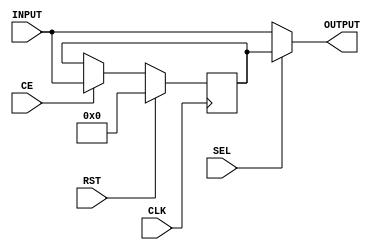
module REG_MUX(INPUT,SEL,RST,CLK,CE,OUTPUT);
parameter N=18;
parameter RSTTYPE="SYNC";
input [N-1:0]INPUT;
input RST,CLK,CE,SEL;
output [N-1:0]OUTPUT;
reg [N-1:0]REG_OUT;
generate 
if(RSTTYPE=="SYNC")	
always @(posedge CLK) begin
	if (RST) 
		REG_OUT<=0;
	else if(CE)
        REG_OUT<=INPUT;
end
if(RSTTYPE=="ASYNC")
always @(posedge CLK or posedge RST) begin
	if (RST) 
		REG_OUT<=0;
	else if(CE)
        REG_OUT<=INPUT;
end
endgenerate
assign OUTPUT=(SEL)?REG_OUT:INPUT;
endmodule